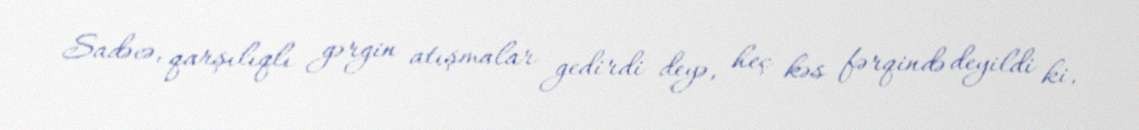
Sadəcə, qarşılıqlı gərgin atışmalar gedirdi deyə, heç kəs fərqində deyildi ki,